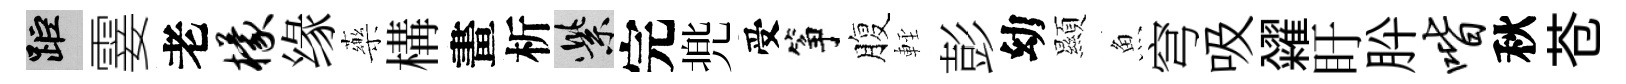
距霎老檬缘藥構畫析紫完兠受筝腹䡖彭幼顯魚穹吸糴盱肸喈秋苍